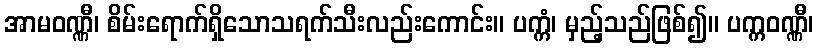
အာမဝဏ္ဏီ၊ စိမ်းရောက်ရှိသောသရက်သီးလည်းကောင်း။ ပက္ကံ၊ မှည့်သည်ဖြစ်၍။ ပက္ကဝဏ္ဏီ၊